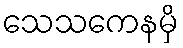
သေသကေနမှိ